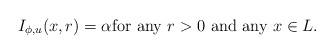
LaTeX: \begin{align*}I_{\phi, u} (x, r) = \alpha \mbox{for any $r>0$ and any $x\in L$.}\end{align*}